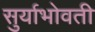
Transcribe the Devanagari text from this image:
सुर्याभोवती